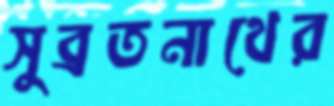
সুব্রতনাথের